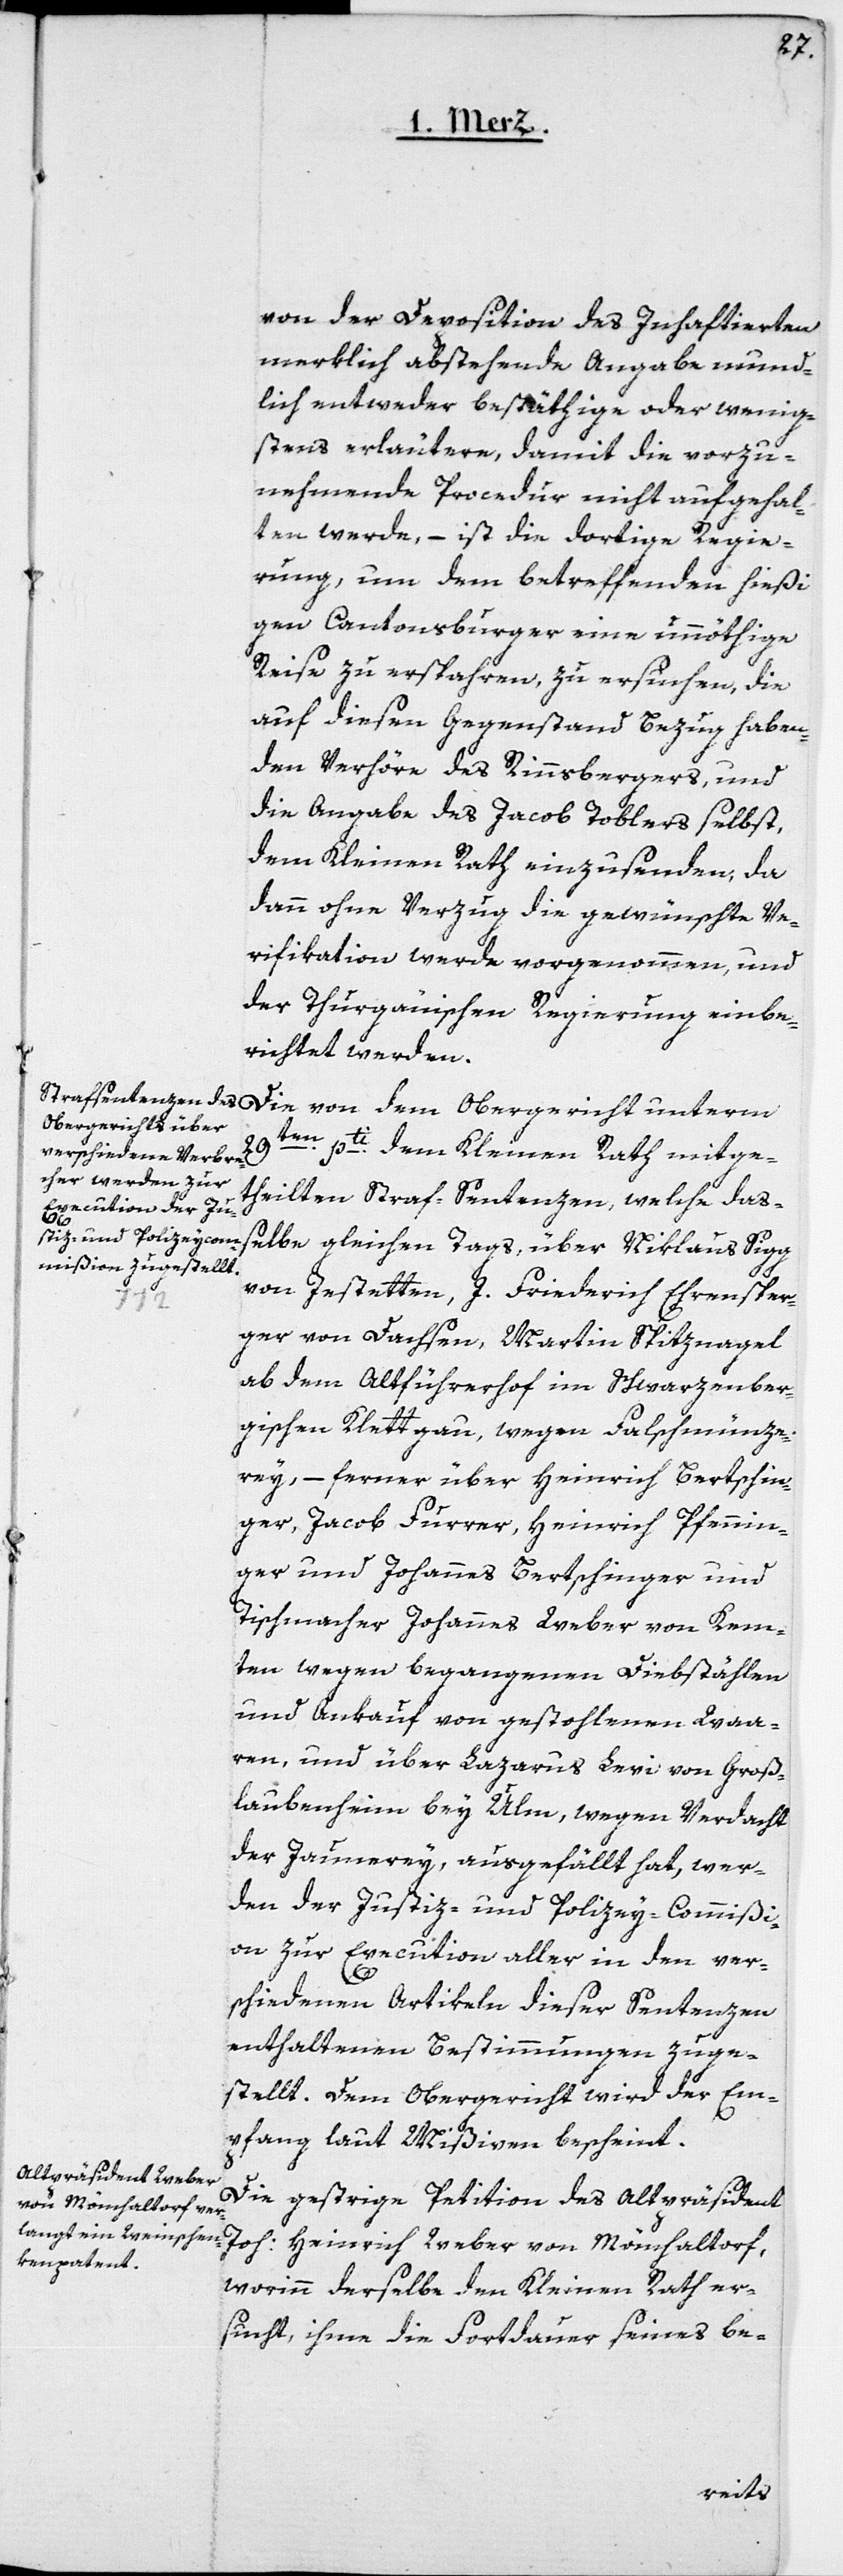
von der Deposition des Inhaftierten
merklich abstehende Angabe mund¬
lich entweder bestäthige oder wenig¬
stens erläutere, damit die vorzu¬
nehmende Procedur nicht aufgehal¬
ten werde, – ist die dortige Regie¬
rung, um dem betreffenden hießi¬
gen Cantonsburger eine unnöthige
Reise zu erspahren, zu ersuchen, die
auf diesen Gegenstand Bezug haben¬
den Verhöre des Rinnsbergers, und
die Angabe des Jacob Toblers selbst,
dem Kleinen Rath einzusenden, da
dann ohne Verzug die gewünschte Ve¬
rifikation werde vorgenommen und
der Thurgauischen Regierung einbe¬
richtet werden.
Obergericht unterm
29ten pti dem Kleinen Rath mitge¬
theilten Straf-Sentenzen, welche das¬
selbe gleichen Tags, über Niklaus Sigg
von Jestetten, J. Friederich Ehrensper¬
ger von Dachsen, Martin Spitznagel
ab dem Albführerhof im schwarzenber¬
gischen Klettgau, wegen Falschmünze¬
rey, – ferner über Heinrich Bertschin¬
ger, Jacob Furrer, Heinrich Pfennin¬
ger und Johannes Bertschinger und
Tischmacher Johannes Weber von Kemp¬
ten wegen begangenen Diebstählen
und Ankauf von gestohlenen Waa¬
ren, und über Lazarus Levi von Groß¬
laubenheim bey Ulm, wegen Verdacht
der Jaunerey, ausgefällt hat, wer¬
den der Justiz- und Polizei-Commißi¬
on zur Execution aller in den ver¬
schiedenen Artikeln dieser Sentenzen
enthaltenen Bestimmungen zuge¬
stellt. Dem Obergericht wird der Em¬
pfang laut Mißiven bescheint.
Die gestrige Petition des Altpräsident
Joh: Heinrich Weber von Mönchaltorf,
worinn derselbe den Kleinen Rath er¬
sucht, ihme die Fortdauer seines be-